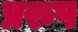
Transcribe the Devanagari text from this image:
प्ररुप